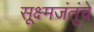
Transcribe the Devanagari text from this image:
सूक्ष्मजंतूंचे